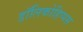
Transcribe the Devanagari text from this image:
डॉलिकोहिप्पस